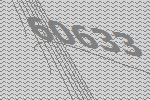
60633